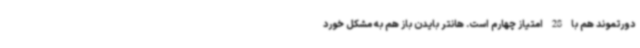
دورتموند هم با 28 امتیاز چهارم است. هانتر بایدن باز هم به مشکل خورد